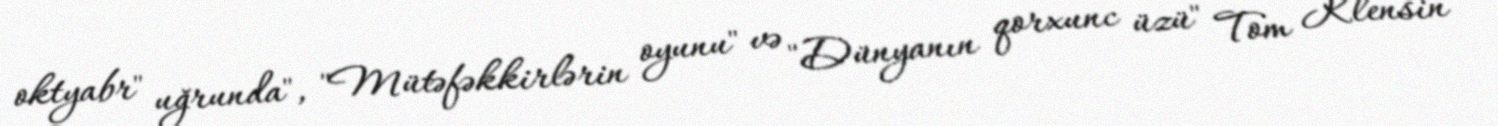
oktyabr" uğrunda", "Mütəfəkkirlərin oyunu" və "Dünyanın qorxunc üzü" Tom Klensin